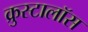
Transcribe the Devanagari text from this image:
क्रुस्टालॉस